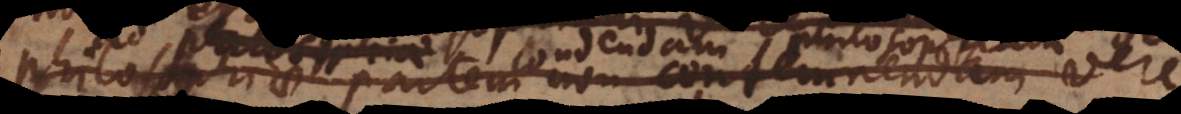
philosophiae partem non contemnendam vere